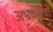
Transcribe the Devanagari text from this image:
अभ्रकक्षेत्रों